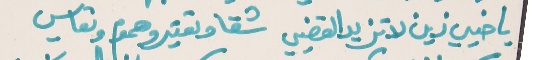
يا خيي زين لا تزيد القضيي    شقا وتعتير وهموم وتعاسي